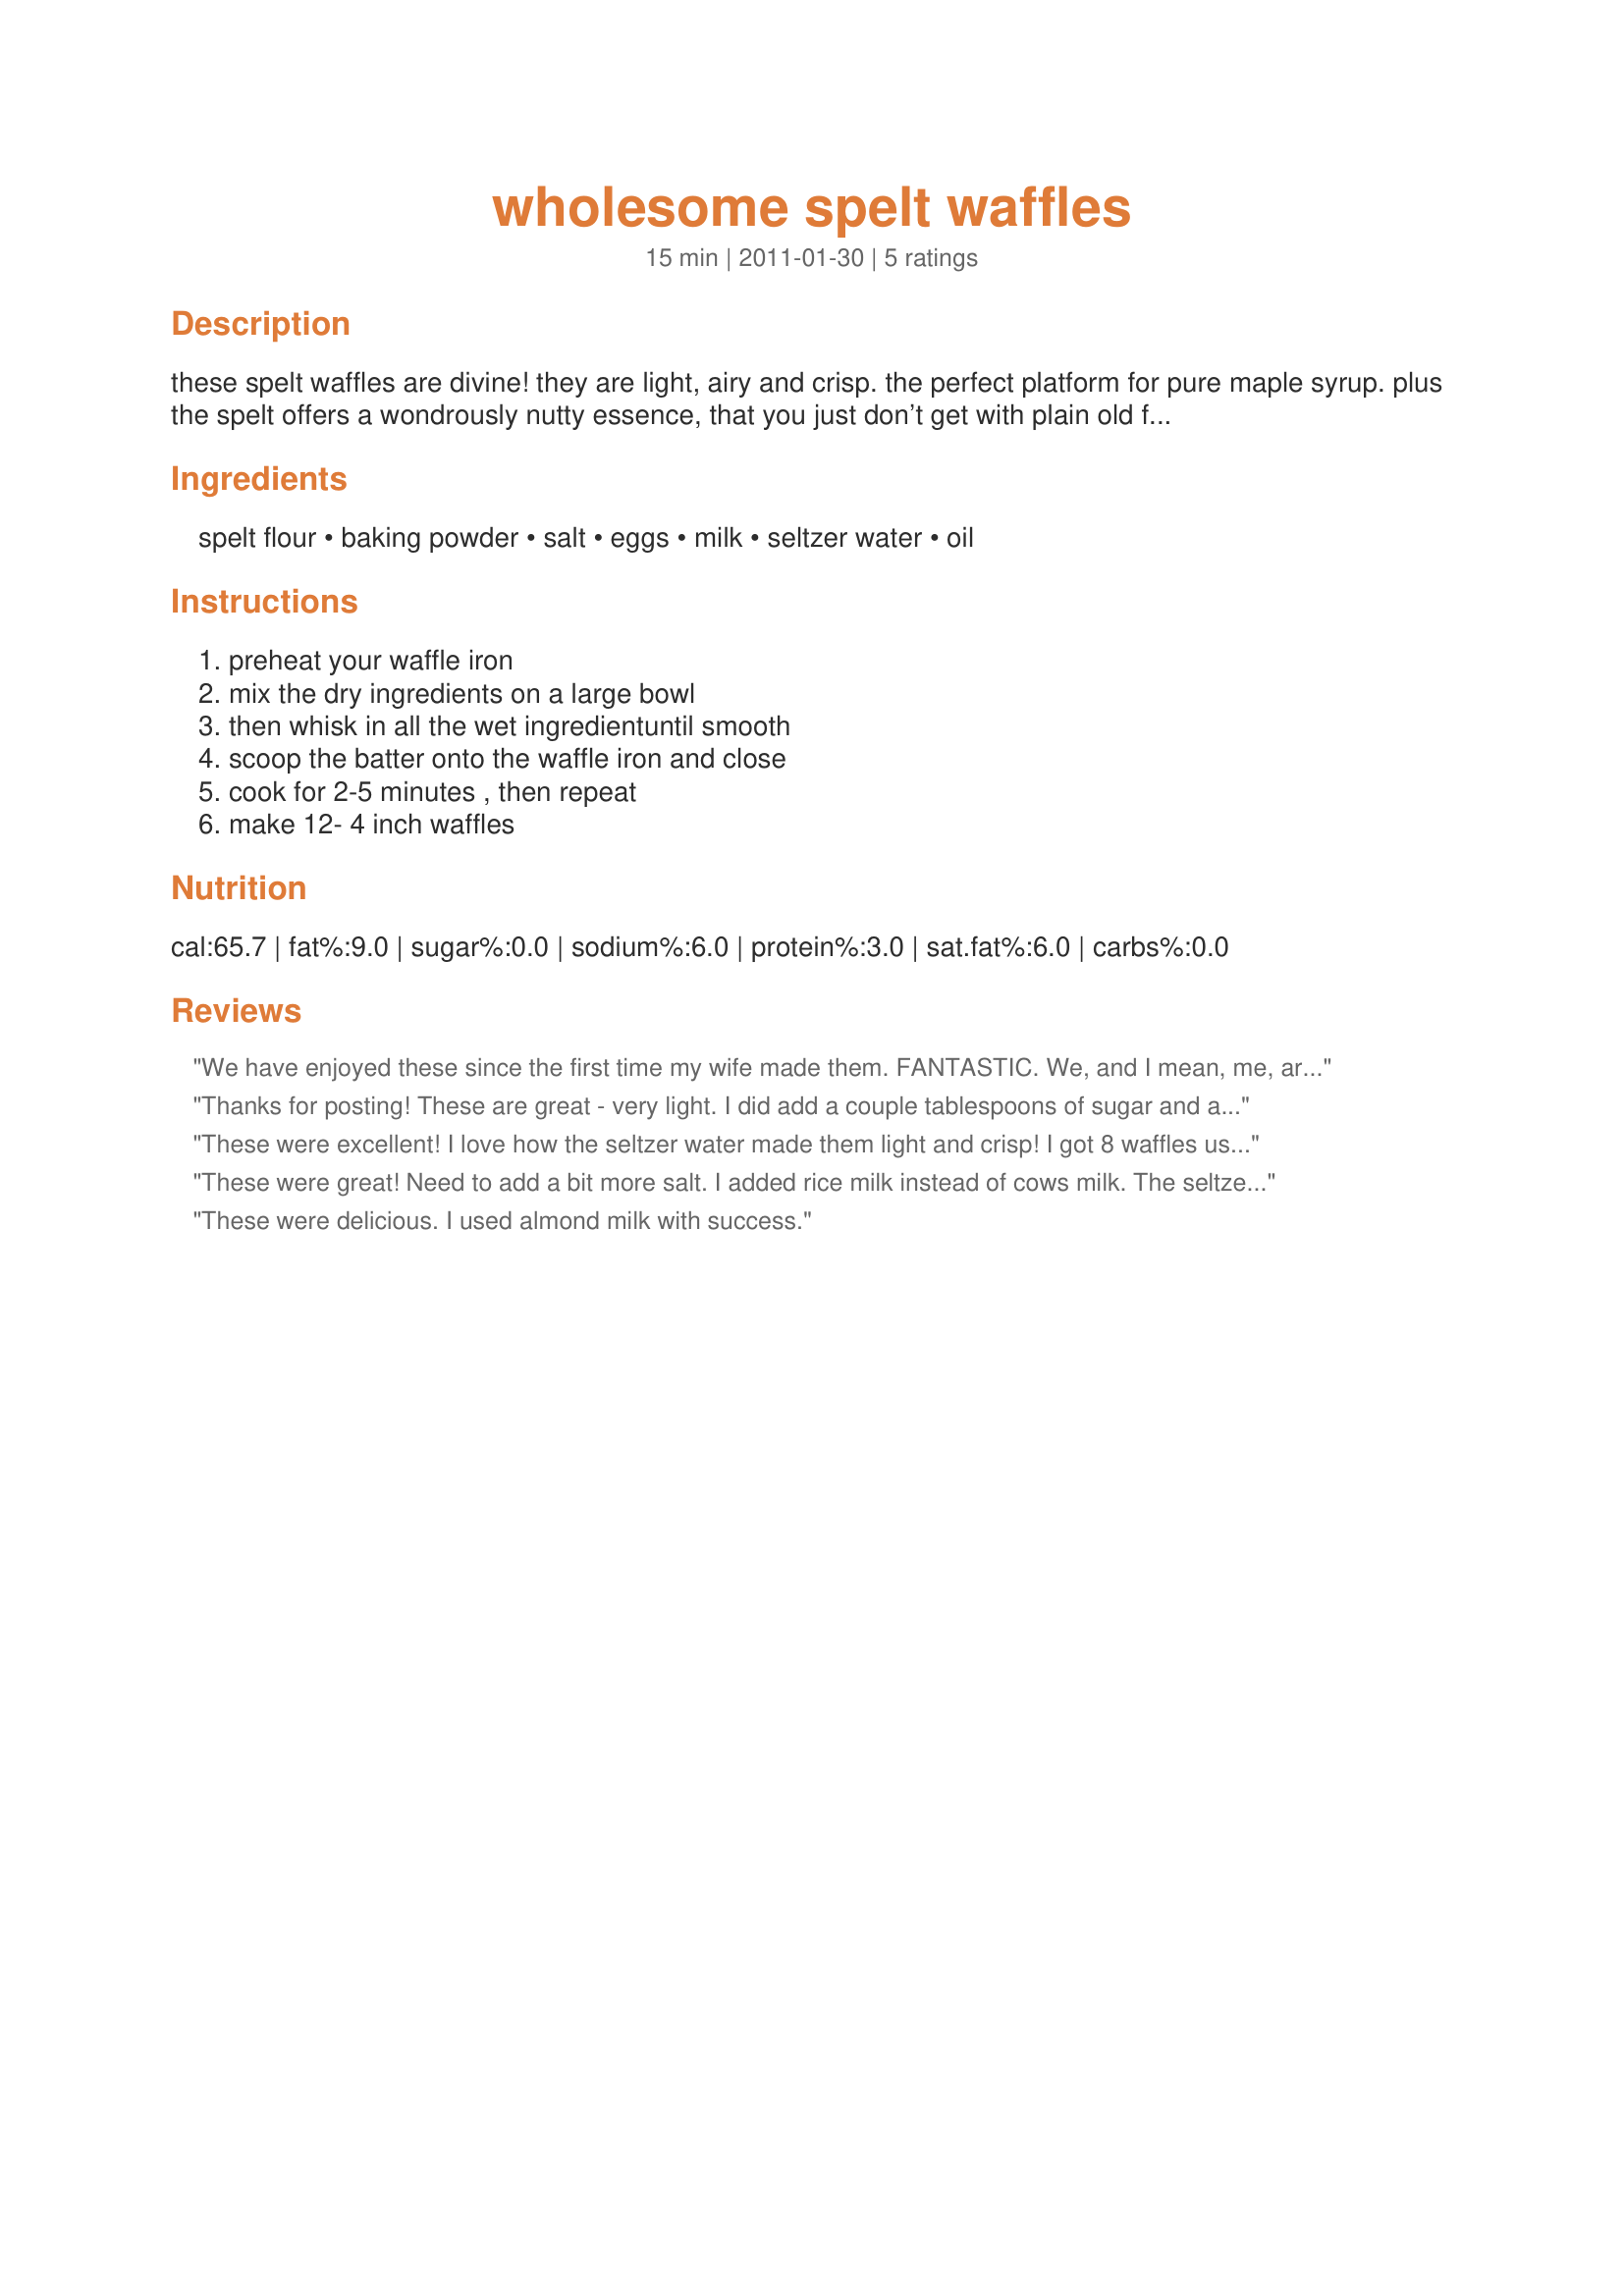
wholesome spelt waffles
Preparation time: 15 minutes

these spelt waffles are divine! they are light, airy and crisp. the perfect platform for pure maple syrup. plus the spelt offers a wondrously nutty essence, that you just don’t get with plain old flour. the beauty is, these are my families favorite waffles. they don’t miss the white-processed flour. they don’t miss the handful of white sugar; and they don’t miss the additional 1/4 cup of oil that i took out!
so you can eat your waffles on saturday morning, without an ounce of guilt, and still have dessert saturday night!

Ingredients:
spelt flour, baking powder, salt, eggs, milk, seltzer water, oil

Steps:
preheat your waffle iron, mix the dry ingredients on a large bowl, then whisk in all the wet ingredientuntil smooth, scoop the batter onto the waffle iron and close, cook for 2-5 minutes , then repeat, make 12- 4 inch waffles

Reviews:
We have enjoyed these since the first time my wife made them. FANTASTIC. We, and I mean, me, are all about trying something new, and with seltzer water as an ingredient....well, that's definitely not what I grew up with. The added fluffy-ness and crispy outside, light as air waffle are an excellent hit with this family.<br/><br/>We folded them like tacos and stuffed with whipped cream and sprinkled cinnamon over the top.
Thanks for posting! These are great - very light. I did add a couple tablespoons of sugar and a teaspoon or two of vanilla, just my personal preferences. In my parents old 4-square waffle iron I actually got 20 4-in square waffles, but that's great since I was making them to freeze as toaster waffles for my toddler, who considers waffles with honey quite a delicacy. :)
These were excellent! I love how the seltzer water made them light and crisp! I got 8 waffles using a belgian waffle maker.
These were great! Need to add a bit more salt. I added rice milk instead of cows milk. The seltzer made the waffles airy and fluffy.
These were delicious. I used almond milk with success.
